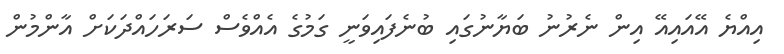
އިއްޔެ އޭއައިއޭ އިން ނެރުނު ބަޔާނުގައި ބުނެފައިވަނީ ގަމުގެ އެއްވެސް ސަރަހައްދަކަށް އާންމުން